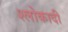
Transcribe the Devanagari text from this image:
श्लोकादी